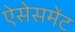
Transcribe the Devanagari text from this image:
ऐसेसमेंट